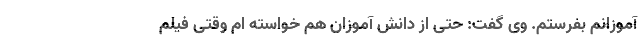
آموزانم بفرستم. وی گفت: حتی از دانش آموزان هم خواسته ام وقتی فیلم